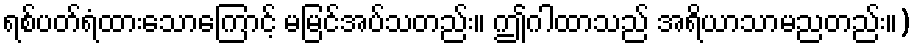
ရစ်ပတ်ရံထားသောကြောင့် မမြင်အပ်သတည်း။ ဤဂါထာသည် အရိယာသာမညတည်း။)